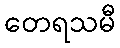
တေရသမီ